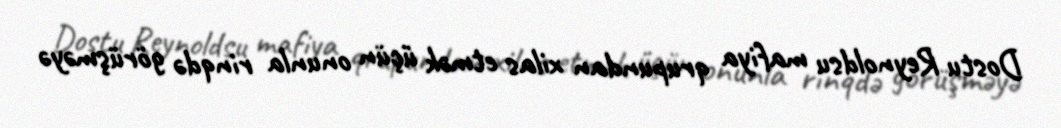
Dostu Reynoldsu mafiya qrupundan xilas etmək üçün onunla rinqdə görüşməyə